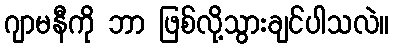
ဂျာမနီကို ဘာ ဖြစ်လို့သွားချင်ပါသလဲ။